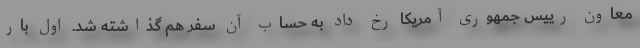
معاون رییس جمهوری آمریکا رخ داد به حساب آن سفر هم گذاشته شد. اول بار